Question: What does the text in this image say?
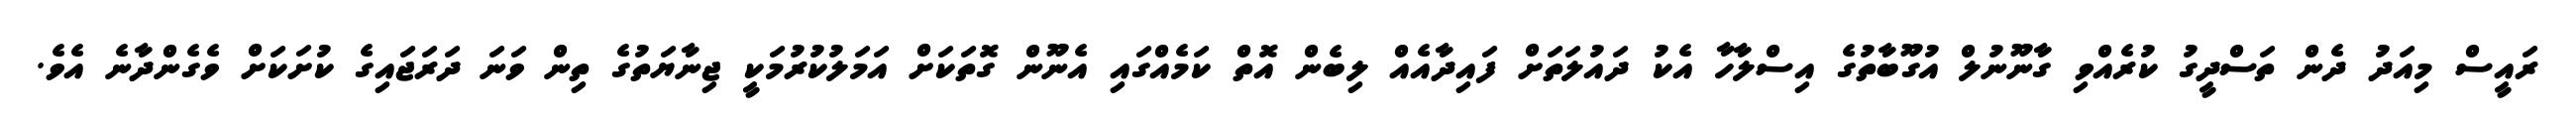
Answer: ރައީސް މިއަދު ދެން ތަސްދީގު ކުރެއްވި ގާނޫނުލް އުގޫބާތުގެ އިސްލާހާ އެކު ދައުލަތަށް ފައިދާއެއް ލިބެން އޮތް ކަމެއްގައި އެނޫން ގޮތަކަށް އަމަލުކުރުމަކީ ޖިނާޔަތުގެ ތިން ވަނަ ދަރަޖައިގެ ކުށަކަށް ވެގެންދާނެ އެވެ.